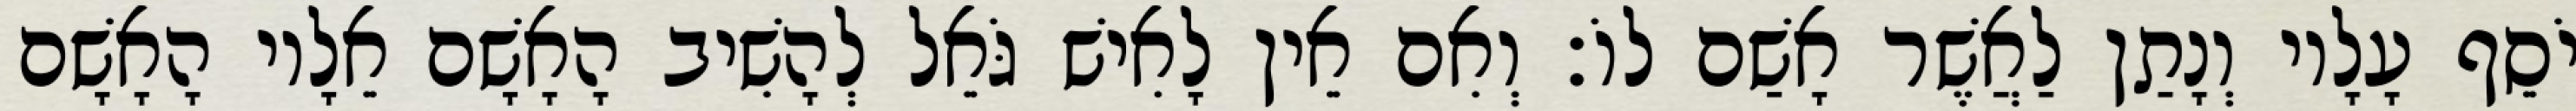
יֹסֵף עָלָיו וְנָתַן לַאֲשֶׁר אָשַׁם לוֹ׃ וְאִם אֵין לָאִישׁ גֹּאֵל לְהָשִׁיב הָאָשָׁם אֵלָיו הָאָשָׁם